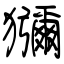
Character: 獼